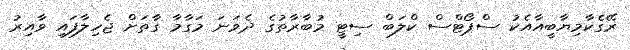
ރޭގެކާމިޔާބީއާއެކު ސްޕޯޓްސް ކްލަބް ސިޓީ މުބާރާތުގެ ދެވަނަ މަގާމާ ގާތަށް ޖެހިލާފައި ވާއިރު